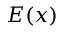
E ( x )